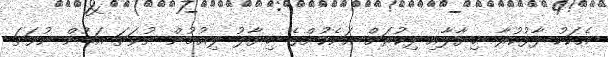
އެކަކު ފާޅުކުރާ ޚިޔާލާއި ފިކުރަށް އަނެކުންގެ ޚިޔާލު ލިއުމުން ނުވަތަ އަޑުން ނުވަތަ